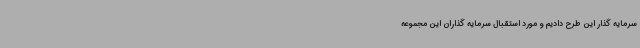
سرمایه گذار این طرح دادیم و مورد استقبال سرمایه گذاران این مجموعه